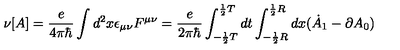
\nu [ A ] = \frac { e } { 4 \pi \hbar } \int d ^ { 2 } x \epsilon _ { \mu \nu } F ^ { \mu \nu } = \frac { e } { 2 \pi \hbar } \int _ { - \frac { 1 } { 2 } T } ^ { \frac { 1 } { 2 } T } d t \int _ { - \frac { 1 } { 2 } { R } } ^ { \frac { 1 } { 2 } { R } } d x ( \dot { A } _ { 1 } - \partial A _ { 0 } )